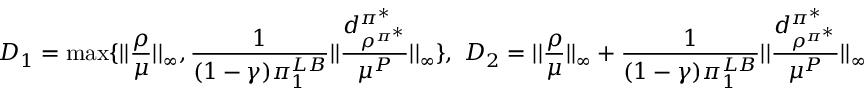
D _ { 1 } = \operatorname* { m a x } \{ | | \frac { \rho } { \mu } | | _ { \infty } , \frac { 1 } { ( 1 - \gamma ) \pi _ { 1 } ^ { L B } } | | \frac { d _ { \rho ^ { \pi ^ { * } } } ^ { \pi ^ { * } } } { \mu ^ { P } } | | _ { \infty } \} , \ D _ { 2 } = | | \frac { \rho } { \mu } | | _ { \infty } + \frac { 1 } { ( 1 - \gamma ) \pi _ { 1 } ^ { L B } } | | \frac { d _ { \rho ^ { \pi ^ { * } } } ^ { \pi ^ { * } } } { \mu ^ { P } } | | _ { \infty }